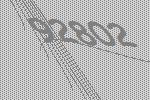
92802